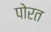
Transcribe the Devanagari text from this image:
पोरत